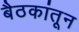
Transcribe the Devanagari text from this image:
बैठकांतून